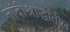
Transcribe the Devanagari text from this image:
नांदीश्राद्धांतील